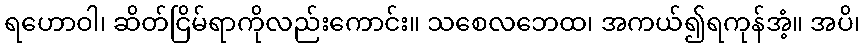
ရဟောဝါ၊ ဆိတ်ငြိမ်ရာကိုလည်းကောင်း။ သစေလဘေထ၊ အကယ်၍ရကုန်အံ့။ အပိ၊